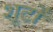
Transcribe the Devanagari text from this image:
शूटों